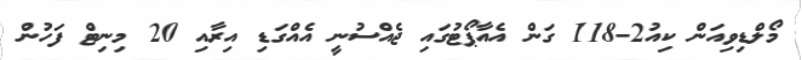
މޯލްޑިވިއަން ކިއު2-118 ގަން އެއާޕޯޓުގައި ޖެއްސުނީ އެއްގަޑި އިރާއި 20 މިނިޓް ފަހުން